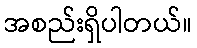
အစည်းရှိပါတယ်။